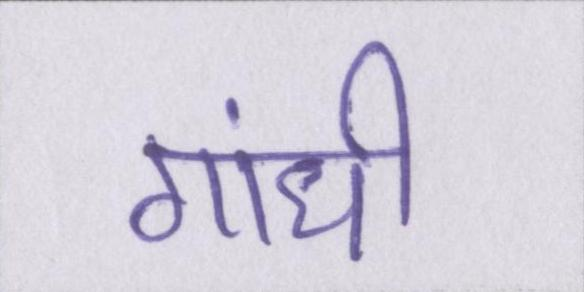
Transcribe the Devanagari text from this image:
गांधी